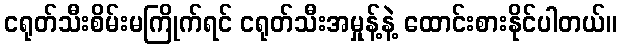
ငရုတ်သီးစိမ်းမကြိုက်ရင် ငရုတ်သီးအမှုန့်နဲ့ ထောင်းစားနိုင်ပါတယ်။